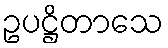
ဥပဋ္ဌိတာသေ